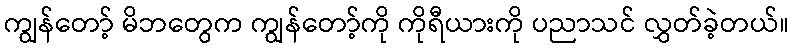
ကျွန်တော့် မိဘတွေက ကျွန်တော့်ကို ကိုရီယားကို ပညာသင် လွှတ်ခဲ့တယ်။